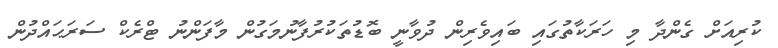
ކުރިއަށް ގެންދާ މި ހަރަކާތުގައި ބައިވެރިން ދުވާނީ ބޮޑުތަކުރުފާނުމަގުން މާފަންނު ޓްރެކް ސަރަޙައްދުން